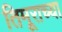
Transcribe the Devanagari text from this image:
तिमूराच्या